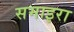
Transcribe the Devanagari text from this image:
समाइरा